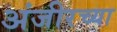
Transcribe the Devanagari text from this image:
अंजीरच्या